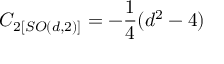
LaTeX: C _ { 2 \left[ S O ( d , 2 ) \right] } = - \frac { 1 } { 4 } ( d ^ { 2 } - 4 )